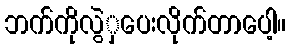
ဘက်ကိုလွဲှပေးလိုက်တာပေါ့။